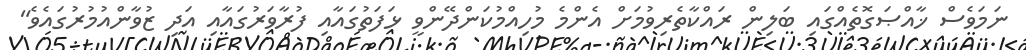
ނަމަވެސް ޚާއްޞަގޮތެއްގައި ބަލިން ރައްކާތެރިވުމަށް އެންމެ މުހިއްމުކަންދޭންވީ ޅަފަތުގައާއި ފުރާވަރުގައާއި އަދި ޒުވާންއުމުރުގައެވެ"